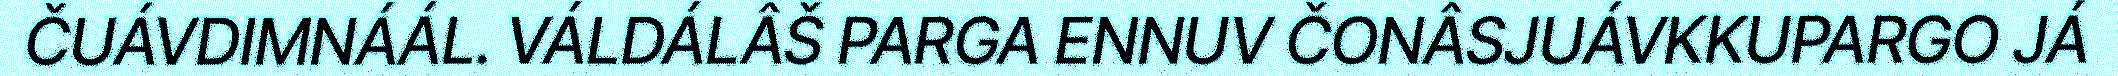
ČUÁVDIMNÁÁL. VÁLDÁLÂŠ PARGA ENNUV ČONÂSJUÁVKKUPARGO JÁ